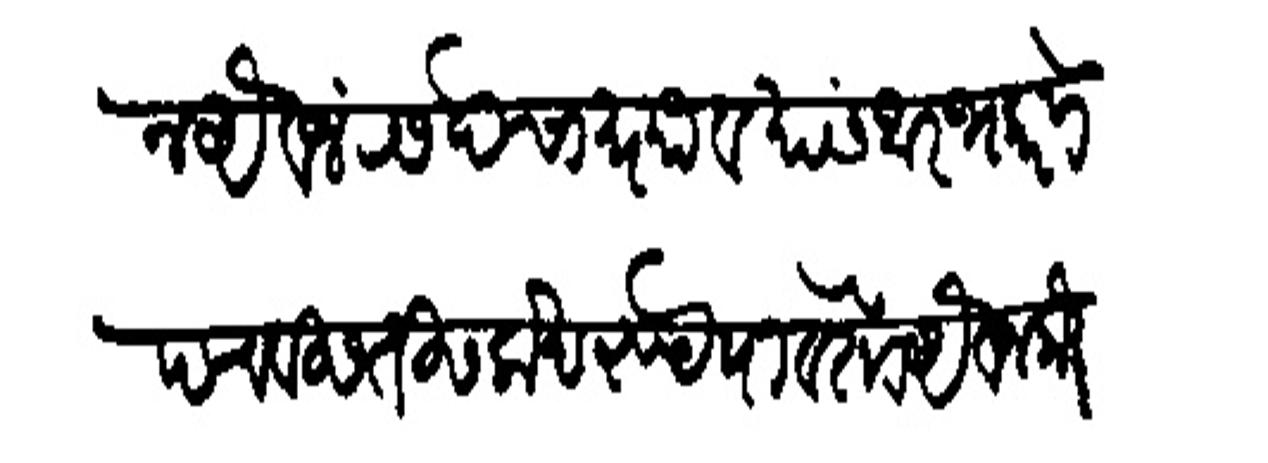
Transliteration (Devanagari): त्याजपासून ऐवज रसदेचा प्यावयांस आरभ करणे पचवीस तीस लाख रपयेपावेतो ऐवज लौकर